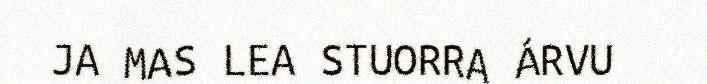
JA MAS LEA STUORRA ÁRVU